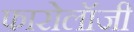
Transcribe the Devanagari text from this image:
फारोलॉजी